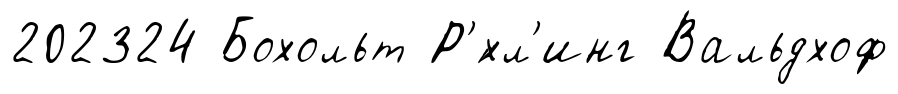
202324 Бохольт Р'́хл'инг Вальдхоф